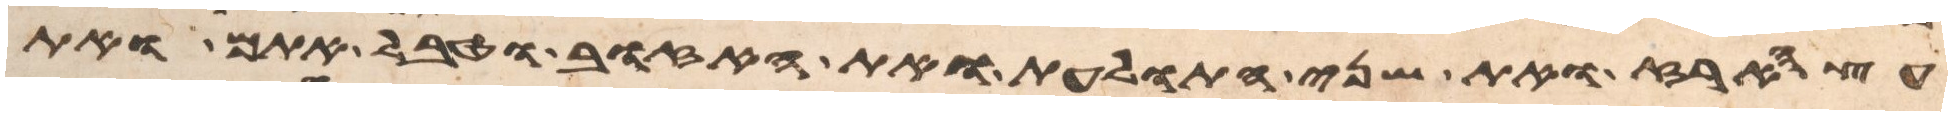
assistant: עץ הארז ואת שני התולעת ואת האזוב וטבל אתם ואת